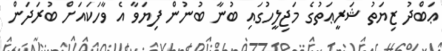
ޢަބްދު ޒިޔަތު ޝަރީޢަތުގެ މަޖިލީހުގައި ބުނާ ބުނުން ފިޔަވާ އެ ވާހަކައަށް ބުރަދަން